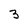
Character: 3